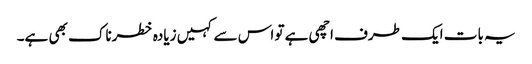
یہ بات ایک طرف اچھی ہے تو اس سے کہیں زیادہ خطرناک بھی ہے۔